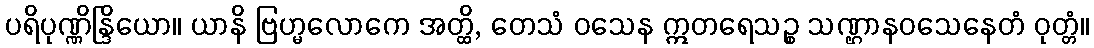
ပရိပုဏ္ဏိန္ဒြိယော။ ယာနိ ဗြဟ္မလောကေ အတ္ထိ, တေသံ ဝသေန ဣတရေသဉ္စ သဏ္ဌာနဝသေနေတံ ဝုတ္တံ။